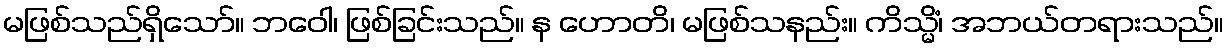
မဖြစ်သည်ရှိသော်။ ဘဝေါ၊ ဖြစ်ခြင်းသည်။ န ဟောတိ၊ မဖြစ်သနည်း။ ကိသ္မိံ၊ အဘယ်တရားသည်။